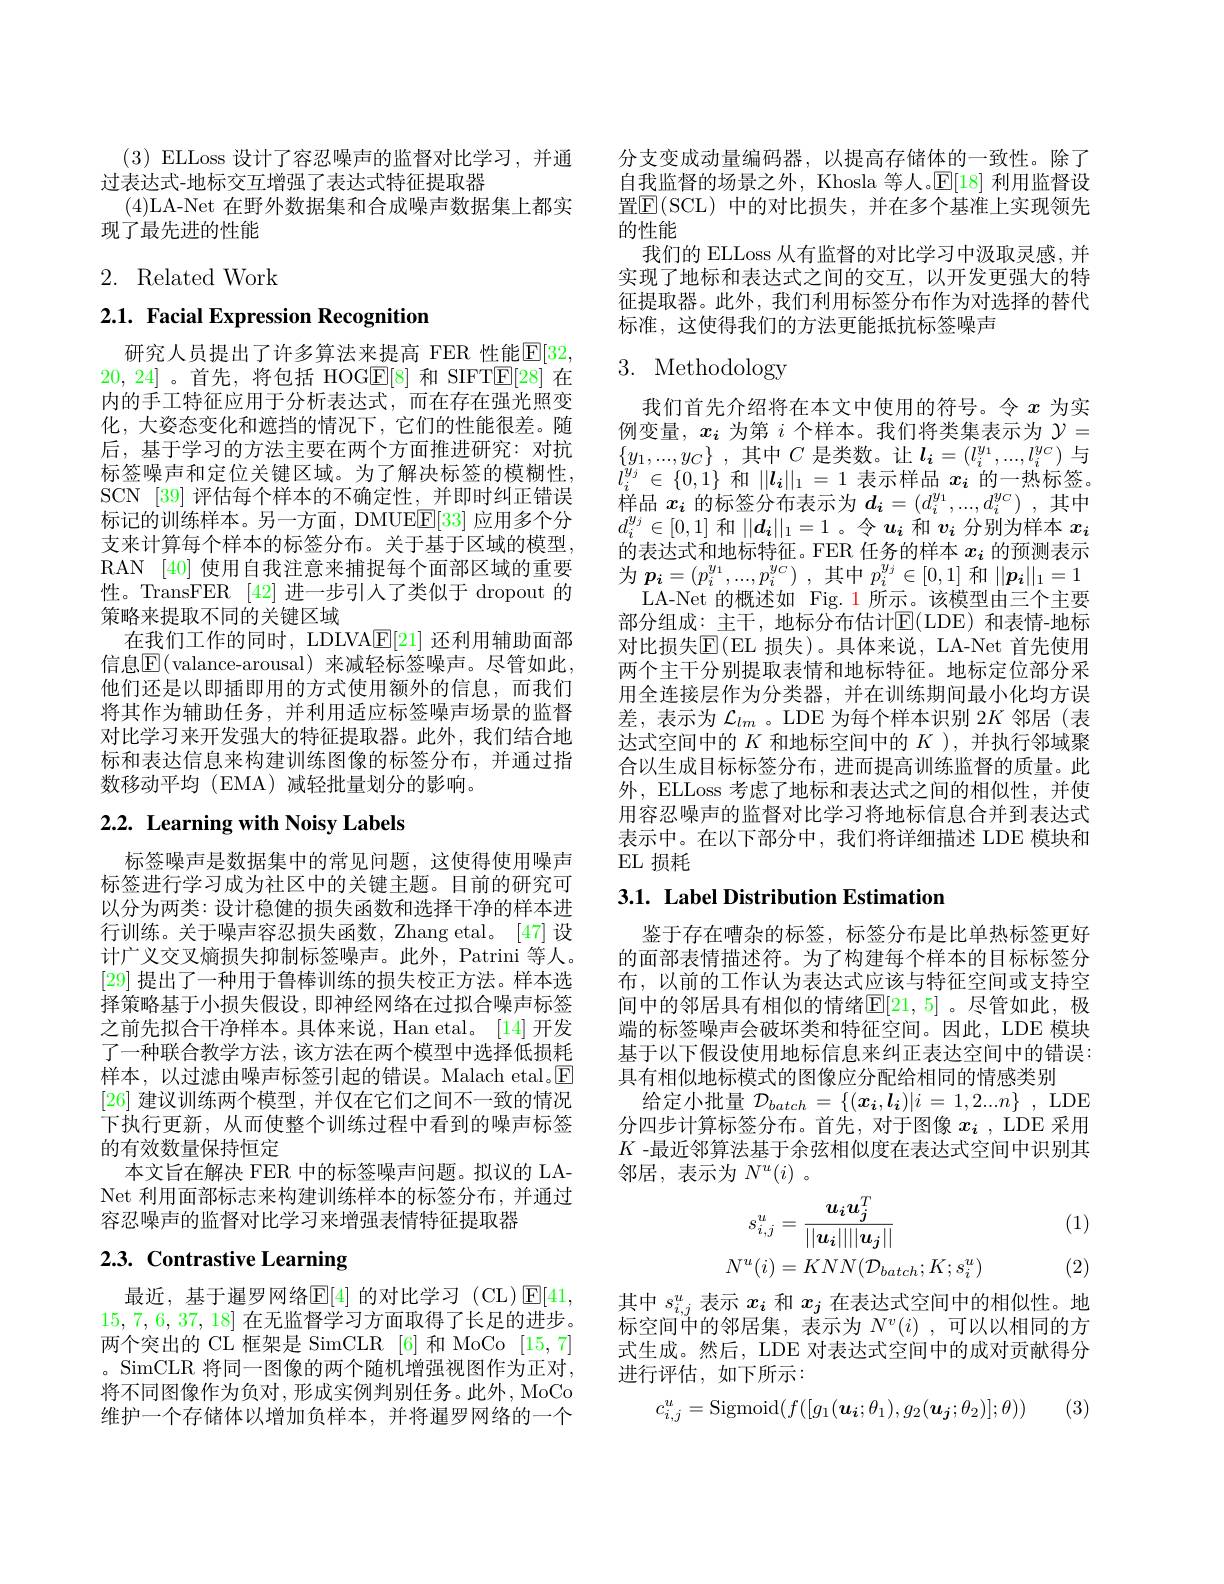
$(3){\mathrm{~ELLoss~}}$设计了容忍噪声的监督对比学习，并通
过表达式-地标交互增强了表达式特征提取器
(4)LA-Net 在野外数据集和合成噪声数据集上都实
现了最先进的性能

# 2. Related Work

2.1. Facial Expression Recognition

研究人员提出了许多算法来提高 FER 性能$\mathbb{E}[32$, 20, 24]。首先，将包括 HOG$\overline{\mathbb{E}}[8]$和 SIFT$\underline{\mathbb{E}}[28]$在内的手工特征应用于分析表达式，而在存在强光照变化，大姿态变化和遮挡的情况下，它们的性能很差。随后，基于学习的方法主要在两个方面推进研究：对抗标签噪声和定位关键区域。为了解决标签的模糊性， SCN [39] 评估每个样本的不确定性，并即时纠正错误标记的训练样本。另一方面，DMUEE[33] 应用多个分支来计算每个样本的标签分布。关于基于区域的模型， RAN [40] 使用自我注意来捕捉每个面部区域的重要性。TransFER [42]进一步引入了类似于 dropout 的策略来提取不同的关键区域
在我们工作的同时，LDLVA$\mathbb{E}[21]$还利用辅助面部信息$\overline{\mathbb{E}}($valance-arousal)来减轻标签噪声。尽管如此， 他们还是以即插即用的方式使用额外的信息，而我们将其作为辅助任务，并利用适应标签噪声场景的监督对比学习来开发强大的特征提取器。此外，我们结合地标和表达信息来构建训练图像的标签分布，并通过指数移动平均(EMA)减轻批量划分的影响。

# 2.2. Learning with Noisy Labels

标签噪声是数据集中的常见问题，这使得使用噪声标签进行学习成为社区中的关键主题。目前的研究可以分为两类：设计稳健的损失函数和选择干净的样本进行训练。关于噪声容忍损失函数，Zhang etal。[47] 设计广义交叉熵损失抑制标签噪声。此外，Patrini 等人。[29]提出了一种用于鲁棒训练的损失校正方法。样本选择策略基于小损失假设，即神经网络在过拟合噪声标签之前先拟合干净样本。具体来说，Han etal。[14] 开发了一种联合教学方法，该方法在两个模型中选择低损耗样本，以过滤由噪声标签引起的错误。Malach etal. $\underline \mathrm{E}$ [26]建议训练两个模型，并仅在它们之间不一致的情况下执行更新，从而使整个训练过程中看到的噪声标签的有效数量保持恒定
本文旨在解决 FER 中的标签噪声问题。拟议的 LANet 利用面部标志来构建训练样本的标签分布，并通过容忍噪声的监督对比学习来增强表情特征提取器

# 2.3. Contrastive Learning

最近，基于暹罗网络$\mathbb{E}[4]$ 的对比学习(CL)$\mathbb{E}[41$, 15,7,6,37,18]在无监督学习方面取得了长足的进步。两个突出的 CL 框架是 SimCLR [6] 和 MoCo [15,7] 。SimCLR 将同一图像的两个随机增强视图作为正对， 将不同图像作为负对，形成实例判别任务。此外，MoCo 维护一个存储体以增加负样本，并将暹罗网络的一个

分支变成动量编码器，以提高存储体的一致性。除了自我监督的场景之外，Khosla 等人。$\mathbb{E}[18]$利用监督设置$\operatorname{E}(\operatorname{SCL})$ 中的对比损失，并在多个基准上实现领先的性能
我们的 ELLoss 从有监督的对比学习中汲取灵感，并实现了地标和表达式之间的交互，以开发更强大的特征提取器。此外，我们利用标签分布作为对选择的替代标准，这使得我们的方法更能抵抗标签噪声

# 3. Methodology

我们首先介绍将在本文中使用的符号。令$x$为实例变量，$x_i$为第$i$个样本。我们将类集表示为$\mathcal{Y}=$ $\{ y_{1}, . . . , y_{C}\}$ , 其中$C$是类数。让$l_i=(l_i^{y_{1}},...,l_{i}^{y_{C}})$与$l_{i}^{y_{j}}\in\{0,1\}$和$||\boldsymbol{l}_i||_1=1$表示样品$x_i$的一热标签。样品$x_i$的标签分布表示为$d_i= ( d_i^{y_1}, . . . , d_i^{y_C})$ ,其中$d_i^{y_j}\in[0,1]$和$||d_i||_1=1$。令$u_i$和$v_i$分别为样本$x_i$ 的表达式和地标特征。FER 任务的样本$x_i$的预测表示为$\boldsymbol{\underset i{p}}= ( p_i^{y_1}, . . . , p_i^{y_C})$ ,其中$p_i^{y_j}\in[0,1]$和$||\boldsymbol{p_i}||_1=1$
LA-Net 的概述如 Fig. 1 所示。该模型由三个主要部分组成：主干，地标分布估计E(LDE)和表情-地标对比损失$\mathbb{E}($EL 损失)。具体来说，LA-Net 首先使用两个主干分别提取表情和地标特征。地标定位部分采用全连接层作为分类器，并在训练期间最小化均方误差，表示为$\mathcal{L}_lm$ 。LDE 为每个样本识别 2$K$邻居(表达式空间中的$K$和地标空间中的$K$ ),并执行邻域聚合以生成目标标签分布，进而提高训练监督的质量。此外，ELLoss 考虑了地标和表达式之间的相似性，并使用容忍噪声的监督对比学习将地标信息合并到表达式表示中。在以下部分中，我们将详细描述 LDE 模块和EL 损耗

# 3.1. Label Distribution Estimation

鉴于存在嘈杂的标签，标签分布是比单热标签更好的面部表情描述符。为了构建每个样本的目标标签分布，以前的工作认为表达式应该与特征空间或支持空间中的邻居具有相似的情绪$\mathbb{E}[21,5]$。尽管如此，极端的标签噪声会破坏类和特征空间。因此，LDE 模块基于以下假设使用地标信息来纠正表达空间中的错误： 具有相似地标模式的图像应分配给相同的情感类别
给定小批量$\mathcal{D}_batch=\{(\boldsymbol{x_i},\boldsymbol{l_i})|i=1,2...n\}$ , LDE 分四步计算标签分布。首先，对于图像 $x_i$ , LDE 采用$K$ -最近邻算法基于余弦相似度在表达式空间中识别其邻居，表示为$N^u(i)$ 。

(1)
$$\begin{aligned}s_{i,j}^{u}&=\frac{u_{i}u_{j}^{T}}{||u_{i}||||u_{j}||}\\N^{u}(i)&=KNN(\mathcal{D}_{batch};K;s_{i}^{u})\end{aligned}$$
(2)

其中$s_{i,j}^u$表示$x_i$和$x_j$在表达式空间中的相似性。地标空间中的邻居集，表示为$N^v( i)$ ,可以以相同的方式生成。然后，LDE 对表达式空间中的成对贡献得分进行评估，如下所示：
$$c_{i,j}^u=\mathrm{Sigmoid}(f([g_1(\boldsymbol{u_i};\theta_1),g_2(\boldsymbol{u_j};\theta_2)];\theta))$$
(3)